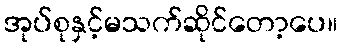
အုပ်စုနှင့်မသက်ဆိုင်တော့ပေ။